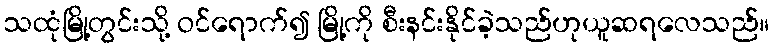
သထုံမြို့တွင်းသို့ ဝင်ရောက်၍ မြို့ကို စီးနင်းနိုင်ခဲ့သည်ဟုယူဆရလေသည်။